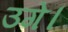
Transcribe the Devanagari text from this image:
उगे।